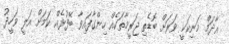
އާދަމް މަނިކަކީ ވަރަށް ބޮޑެތި ޖަރީމާތަކެއް ހިންގާފައިވާ ބޭފުޅެއް ކަމަށް އަލީ ވަހީދު